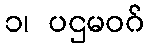
၁၊ ပဌမဝဂ်